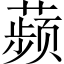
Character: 𬞟